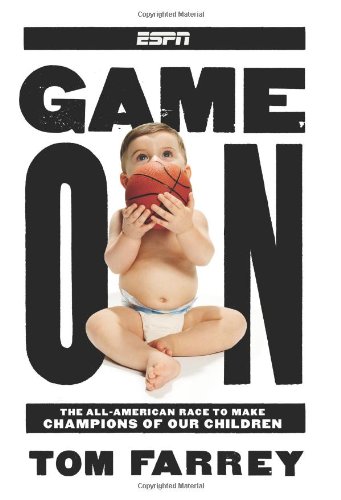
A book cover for Game On: The All-American Race to Make Champions of Our Children; Tom Farrey; Sports & Outdoors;